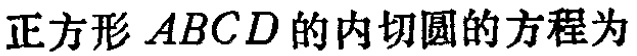
正方形 \(ABCD\) 的内切圆的方程为